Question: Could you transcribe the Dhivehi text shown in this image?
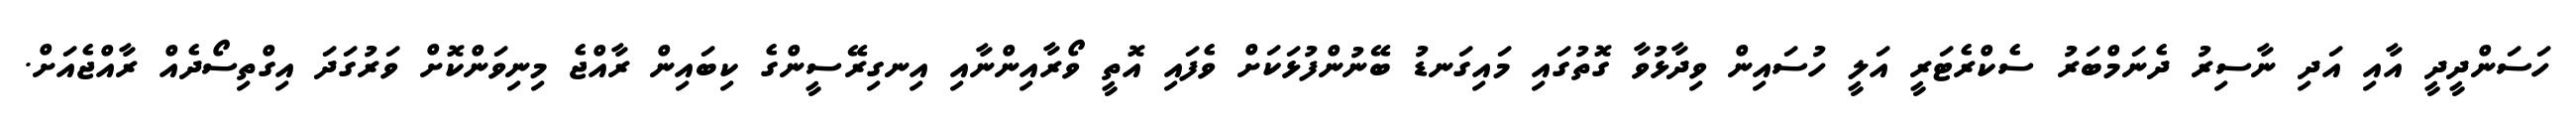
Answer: ހަސަންދީދީ އާއި އަދި ނާސިރު ދެނަމްބަރު ސެކްރެޓަރީ އަލީ ހުސައިން ވިދާޅުވާ ގޮތުގައި މައިގަނޑު ބޭނުންފުޅަކަށް ވެފައި އޮތީ ވޯރާއިންނާއި އިނގިރޭސީންގެ ކިބައިން ރާއްޖެ މިނިވަންކޮށް ވަރުގަދަ އިގްތިސޯދެއް ރާއްޖެއަށް.